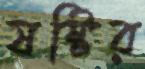
ষষ্টির